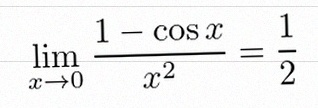
\lim_{x\to0}\frac{1-\cos x}{x^2}=\frac12